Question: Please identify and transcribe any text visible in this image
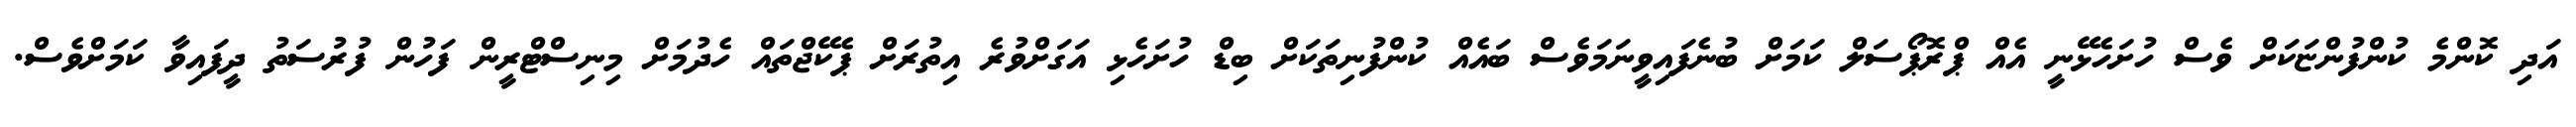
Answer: އަދި ކޮންމެ ކުންފުންޏަކަށް ވެސް ހުށަހެޅޭނީ އެއް ޕްރޮޕޯސަލް ކަމަށް ބުނެފައިވީނަމަވެސް ބައެއް ކުންފުނިތަކަށް ބިޑް ހުށަހެޅި އަގަށްވުރެ އިތުރަށް ޕެކޭޖްތައް ހެދުމަށް މިނިސްޓްރީން ފަހުން ފުރުސަތު ދީފައިވާ ކަމަށްވެސް.